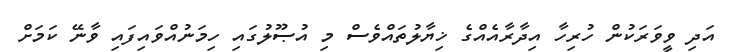
އަދި ވީވަރަކުން ހުރިހާ އިދާރާއެއްގެ ޚިޔާލުތައްވެސް މި އުޞޫލުގައި ހިމަނުއްވައިފައި ވާނޭ ކަމަށް